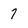
Character: 7